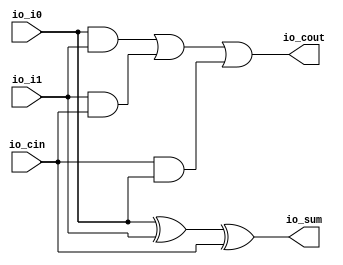
module fullAdder(
  input   io_i0,
  input   io_i1,
  input   io_cin,
  output  io_sum,
  output  io_cout
);
  assign io_sum = io_i0 ^ io_i1 ^ io_cin; // @[addsub_64.scala 14:29]
  assign io_cout = io_i0 & io_i1 | io_i1 & io_cin | io_cin & io_i0; // @[addsub_64.scala 15:51]
endmodule
module addsub_32(
  input         clock,
  input         reset,
  input         io_cin,
  input  [31:0] io_onesComp_ip,
  input  [31:0] io_i0,
  output [31:0] io_sum,
  output        io_cout
);
  wire  fa_0_io_i0; // @[addsub_32.scala 14:33]
  wire  fa_0_io_i1; // @[addsub_32.scala 14:33]
  wire  fa_0_io_cin; // @[addsub_32.scala 14:33]
  wire  fa_0_io_sum; // @[addsub_32.scala 14:33]
  wire  fa_0_io_cout; // @[addsub_32.scala 14:33]
  wire  fa_1_io_i0; // @[addsub_32.scala 14:33]
  wire  fa_1_io_i1; // @[addsub_32.scala 14:33]
  wire  fa_1_io_cin; // @[addsub_32.scala 14:33]
  wire  fa_1_io_sum; // @[addsub_32.scala 14:33]
  wire  fa_1_io_cout; // @[addsub_32.scala 14:33]
  wire  fa_2_io_i0; // @[addsub_32.scala 14:33]
  wire  fa_2_io_i1; // @[addsub_32.scala 14:33]
  wire  fa_2_io_cin; // @[addsub_32.scala 14:33]
  wire  fa_2_io_sum; // @[addsub_32.scala 14:33]
  wire  fa_2_io_cout; // @[addsub_32.scala 14:33]
  wire  fa_3_io_i0; // @[addsub_32.scala 14:33]
  wire  fa_3_io_i1; // @[addsub_32.scala 14:33]
  wire  fa_3_io_cin; // @[addsub_32.scala 14:33]
  wire  fa_3_io_sum; // @[addsub_32.scala 14:33]
  wire  fa_3_io_cout; // @[addsub_32.scala 14:33]
  wire  fa_4_io_i0; // @[addsub_32.scala 14:33]
  wire  fa_4_io_i1; // @[addsub_32.scala 14:33]
  wire  fa_4_io_cin; // @[addsub_32.scala 14:33]
  wire  fa_4_io_sum; // @[addsub_32.scala 14:33]
  wire  fa_4_io_cout; // @[addsub_32.scala 14:33]
  wire  fa_5_io_i0; // @[addsub_32.scala 14:33]
  wire  fa_5_io_i1; // @[addsub_32.scala 14:33]
  wire  fa_5_io_cin; // @[addsub_32.scala 14:33]
  wire  fa_5_io_sum; // @[addsub_32.scala 14:33]
  wire  fa_5_io_cout; // @[addsub_32.scala 14:33]
  wire  fa_6_io_i0; // @[addsub_32.scala 14:33]
  wire  fa_6_io_i1; // @[addsub_32.scala 14:33]
  wire  fa_6_io_cin; // @[addsub_32.scala 14:33]
  wire  fa_6_io_sum; // @[addsub_32.scala 14:33]
  wire  fa_6_io_cout; // @[addsub_32.scala 14:33]
  wire  fa_7_io_i0; // @[addsub_32.scala 14:33]
  wire  fa_7_io_i1; // @[addsub_32.scala 14:33]
  wire  fa_7_io_cin; // @[addsub_32.scala 14:33]
  wire  fa_7_io_sum; // @[addsub_32.scala 14:33]
  wire  fa_7_io_cout; // @[addsub_32.scala 14:33]
  wire  fa_8_io_i0; // @[addsub_32.scala 14:33]
  wire  fa_8_io_i1; // @[addsub_32.scala 14:33]
  wire  fa_8_io_cin; // @[addsub_32.scala 14:33]
  wire  fa_8_io_sum; // @[addsub_32.scala 14:33]
  wire  fa_8_io_cout; // @[addsub_32.scala 14:33]
  wire  fa_9_io_i0; // @[addsub_32.scala 14:33]
  wire  fa_9_io_i1; // @[addsub_32.scala 14:33]
  wire  fa_9_io_cin; // @[addsub_32.scala 14:33]
  wire  fa_9_io_sum; // @[addsub_32.scala 14:33]
  wire  fa_9_io_cout; // @[addsub_32.scala 14:33]
  wire  fa_10_io_i0; // @[addsub_32.scala 14:33]
  wire  fa_10_io_i1; // @[addsub_32.scala 14:33]
  wire  fa_10_io_cin; // @[addsub_32.scala 14:33]
  wire  fa_10_io_sum; // @[addsub_32.scala 14:33]
  wire  fa_10_io_cout; // @[addsub_32.scala 14:33]
  wire  fa_11_io_i0; // @[addsub_32.scala 14:33]
  wire  fa_11_io_i1; // @[addsub_32.scala 14:33]
  wire  fa_11_io_cin; // @[addsub_32.scala 14:33]
  wire  fa_11_io_sum; // @[addsub_32.scala 14:33]
  wire  fa_11_io_cout; // @[addsub_32.scala 14:33]
  wire  fa_12_io_i0; // @[addsub_32.scala 14:33]
  wire  fa_12_io_i1; // @[addsub_32.scala 14:33]
  wire  fa_12_io_cin; // @[addsub_32.scala 14:33]
  wire  fa_12_io_sum; // @[addsub_32.scala 14:33]
  wire  fa_12_io_cout; // @[addsub_32.scala 14:33]
  wire  fa_13_io_i0; // @[addsub_32.scala 14:33]
  wire  fa_13_io_i1; // @[addsub_32.scala 14:33]
  wire  fa_13_io_cin; // @[addsub_32.scala 14:33]
  wire  fa_13_io_sum; // @[addsub_32.scala 14:33]
  wire  fa_13_io_cout; // @[addsub_32.scala 14:33]
  wire  fa_14_io_i0; // @[addsub_32.scala 14:33]
  wire  fa_14_io_i1; // @[addsub_32.scala 14:33]
  wire  fa_14_io_cin; // @[addsub_32.scala 14:33]
  wire  fa_14_io_sum; // @[addsub_32.scala 14:33]
  wire  fa_14_io_cout; // @[addsub_32.scala 14:33]
  wire  fa_15_io_i0; // @[addsub_32.scala 14:33]
  wire  fa_15_io_i1; // @[addsub_32.scala 14:33]
  wire  fa_15_io_cin; // @[addsub_32.scala 14:33]
  wire  fa_15_io_sum; // @[addsub_32.scala 14:33]
  wire  fa_15_io_cout; // @[addsub_32.scala 14:33]
  wire  fa_16_io_i0; // @[addsub_32.scala 14:33]
  wire  fa_16_io_i1; // @[addsub_32.scala 14:33]
  wire  fa_16_io_cin; // @[addsub_32.scala 14:33]
  wire  fa_16_io_sum; // @[addsub_32.scala 14:33]
  wire  fa_16_io_cout; // @[addsub_32.scala 14:33]
  wire  fa_17_io_i0; // @[addsub_32.scala 14:33]
  wire  fa_17_io_i1; // @[addsub_32.scala 14:33]
  wire  fa_17_io_cin; // @[addsub_32.scala 14:33]
  wire  fa_17_io_sum; // @[addsub_32.scala 14:33]
  wire  fa_17_io_cout; // @[addsub_32.scala 14:33]
  wire  fa_18_io_i0; // @[addsub_32.scala 14:33]
  wire  fa_18_io_i1; // @[addsub_32.scala 14:33]
  wire  fa_18_io_cin; // @[addsub_32.scala 14:33]
  wire  fa_18_io_sum; // @[addsub_32.scala 14:33]
  wire  fa_18_io_cout; // @[addsub_32.scala 14:33]
  wire  fa_19_io_i0; // @[addsub_32.scala 14:33]
  wire  fa_19_io_i1; // @[addsub_32.scala 14:33]
  wire  fa_19_io_cin; // @[addsub_32.scala 14:33]
  wire  fa_19_io_sum; // @[addsub_32.scala 14:33]
  wire  fa_19_io_cout; // @[addsub_32.scala 14:33]
  wire  fa_20_io_i0; // @[addsub_32.scala 14:33]
  wire  fa_20_io_i1; // @[addsub_32.scala 14:33]
  wire  fa_20_io_cin; // @[addsub_32.scala 14:33]
  wire  fa_20_io_sum; // @[addsub_32.scala 14:33]
  wire  fa_20_io_cout; // @[addsub_32.scala 14:33]
  wire  fa_21_io_i0; // @[addsub_32.scala 14:33]
  wire  fa_21_io_i1; // @[addsub_32.scala 14:33]
  wire  fa_21_io_cin; // @[addsub_32.scala 14:33]
  wire  fa_21_io_sum; // @[addsub_32.scala 14:33]
  wire  fa_21_io_cout; // @[addsub_32.scala 14:33]
  wire  fa_22_io_i0; // @[addsub_32.scala 14:33]
  wire  fa_22_io_i1; // @[addsub_32.scala 14:33]
  wire  fa_22_io_cin; // @[addsub_32.scala 14:33]
  wire  fa_22_io_sum; // @[addsub_32.scala 14:33]
  wire  fa_22_io_cout; // @[addsub_32.scala 14:33]
  wire  fa_23_io_i0; // @[addsub_32.scala 14:33]
  wire  fa_23_io_i1; // @[addsub_32.scala 14:33]
  wire  fa_23_io_cin; // @[addsub_32.scala 14:33]
  wire  fa_23_io_sum; // @[addsub_32.scala 14:33]
  wire  fa_23_io_cout; // @[addsub_32.scala 14:33]
  wire  fa_24_io_i0; // @[addsub_32.scala 14:33]
  wire  fa_24_io_i1; // @[addsub_32.scala 14:33]
  wire  fa_24_io_cin; // @[addsub_32.scala 14:33]
  wire  fa_24_io_sum; // @[addsub_32.scala 14:33]
  wire  fa_24_io_cout; // @[addsub_32.scala 14:33]
  wire  fa_25_io_i0; // @[addsub_32.scala 14:33]
  wire  fa_25_io_i1; // @[addsub_32.scala 14:33]
  wire  fa_25_io_cin; // @[addsub_32.scala 14:33]
  wire  fa_25_io_sum; // @[addsub_32.scala 14:33]
  wire  fa_25_io_cout; // @[addsub_32.scala 14:33]
  wire  fa_26_io_i0; // @[addsub_32.scala 14:33]
  wire  fa_26_io_i1; // @[addsub_32.scala 14:33]
  wire  fa_26_io_cin; // @[addsub_32.scala 14:33]
  wire  fa_26_io_sum; // @[addsub_32.scala 14:33]
  wire  fa_26_io_cout; // @[addsub_32.scala 14:33]
  wire  fa_27_io_i0; // @[addsub_32.scala 14:33]
  wire  fa_27_io_i1; // @[addsub_32.scala 14:33]
  wire  fa_27_io_cin; // @[addsub_32.scala 14:33]
  wire  fa_27_io_sum; // @[addsub_32.scala 14:33]
  wire  fa_27_io_cout; // @[addsub_32.scala 14:33]
  wire  fa_28_io_i0; // @[addsub_32.scala 14:33]
  wire  fa_28_io_i1; // @[addsub_32.scala 14:33]
  wire  fa_28_io_cin; // @[addsub_32.scala 14:33]
  wire  fa_28_io_sum; // @[addsub_32.scala 14:33]
  wire  fa_28_io_cout; // @[addsub_32.scala 14:33]
  wire  fa_29_io_i0; // @[addsub_32.scala 14:33]
  wire  fa_29_io_i1; // @[addsub_32.scala 14:33]
  wire  fa_29_io_cin; // @[addsub_32.scala 14:33]
  wire  fa_29_io_sum; // @[addsub_32.scala 14:33]
  wire  fa_29_io_cout; // @[addsub_32.scala 14:33]
  wire  fa_30_io_i0; // @[addsub_32.scala 14:33]
  wire  fa_30_io_i1; // @[addsub_32.scala 14:33]
  wire  fa_30_io_cin; // @[addsub_32.scala 14:33]
  wire  fa_30_io_sum; // @[addsub_32.scala 14:33]
  wire  fa_30_io_cout; // @[addsub_32.scala 14:33]
  wire  fa_31_io_i0; // @[addsub_32.scala 14:33]
  wire  fa_31_io_i1; // @[addsub_32.scala 14:33]
  wire  fa_31_io_cin; // @[addsub_32.scala 14:33]
  wire  fa_31_io_sum; // @[addsub_32.scala 14:33]
  wire  fa_31_io_cout; // @[addsub_32.scala 14:33]
  wire [7:0] lo_lo = {fa_7_io_sum,fa_6_io_sum,fa_5_io_sum,fa_4_io_sum,fa_3_io_sum,fa_2_io_sum,fa_1_io_sum,fa_0_io_sum}; // @[Cat.scala 30:58]
  wire [15:0] lo = {fa_15_io_sum,fa_14_io_sum,fa_13_io_sum,fa_12_io_sum,fa_11_io_sum,fa_10_io_sum,fa_9_io_sum,
    fa_8_io_sum,lo_lo}; // @[Cat.scala 30:58]
  wire [7:0] hi_lo = {fa_23_io_sum,fa_22_io_sum,fa_21_io_sum,fa_20_io_sum,fa_19_io_sum,fa_18_io_sum,fa_17_io_sum,
    fa_16_io_sum}; // @[Cat.scala 30:58]
  wire [15:0] hi = {fa_31_io_sum,fa_30_io_sum,fa_29_io_sum,fa_28_io_sum,fa_27_io_sum,fa_26_io_sum,fa_25_io_sum,
    fa_24_io_sum,hi_lo}; // @[Cat.scala 30:58]
  fullAdder fa_0 ( // @[addsub_32.scala 14:33]
    .io_i0(fa_0_io_i0),
    .io_i1(fa_0_io_i1),
    .io_cin(fa_0_io_cin),
    .io_sum(fa_0_io_sum),
    .io_cout(fa_0_io_cout)
  );
  fullAdder fa_1 ( // @[addsub_32.scala 14:33]
    .io_i0(fa_1_io_i0),
    .io_i1(fa_1_io_i1),
    .io_cin(fa_1_io_cin),
    .io_sum(fa_1_io_sum),
    .io_cout(fa_1_io_cout)
  );
  fullAdder fa_2 ( // @[addsub_32.scala 14:33]
    .io_i0(fa_2_io_i0),
    .io_i1(fa_2_io_i1),
    .io_cin(fa_2_io_cin),
    .io_sum(fa_2_io_sum),
    .io_cout(fa_2_io_cout)
  );
  fullAdder fa_3 ( // @[addsub_32.scala 14:33]
    .io_i0(fa_3_io_i0),
    .io_i1(fa_3_io_i1),
    .io_cin(fa_3_io_cin),
    .io_sum(fa_3_io_sum),
    .io_cout(fa_3_io_cout)
  );
  fullAdder fa_4 ( // @[addsub_32.scala 14:33]
    .io_i0(fa_4_io_i0),
    .io_i1(fa_4_io_i1),
    .io_cin(fa_4_io_cin),
    .io_sum(fa_4_io_sum),
    .io_cout(fa_4_io_cout)
  );
  fullAdder fa_5 ( // @[addsub_32.scala 14:33]
    .io_i0(fa_5_io_i0),
    .io_i1(fa_5_io_i1),
    .io_cin(fa_5_io_cin),
    .io_sum(fa_5_io_sum),
    .io_cout(fa_5_io_cout)
  );
  fullAdder fa_6 ( // @[addsub_32.scala 14:33]
    .io_i0(fa_6_io_i0),
    .io_i1(fa_6_io_i1),
    .io_cin(fa_6_io_cin),
    .io_sum(fa_6_io_sum),
    .io_cout(fa_6_io_cout)
  );
  fullAdder fa_7 ( // @[addsub_32.scala 14:33]
    .io_i0(fa_7_io_i0),
    .io_i1(fa_7_io_i1),
    .io_cin(fa_7_io_cin),
    .io_sum(fa_7_io_sum),
    .io_cout(fa_7_io_cout)
  );
  fullAdder fa_8 ( // @[addsub_32.scala 14:33]
    .io_i0(fa_8_io_i0),
    .io_i1(fa_8_io_i1),
    .io_cin(fa_8_io_cin),
    .io_sum(fa_8_io_sum),
    .io_cout(fa_8_io_cout)
  );
  fullAdder fa_9 ( // @[addsub_32.scala 14:33]
    .io_i0(fa_9_io_i0),
    .io_i1(fa_9_io_i1),
    .io_cin(fa_9_io_cin),
    .io_sum(fa_9_io_sum),
    .io_cout(fa_9_io_cout)
  );
  fullAdder fa_10 ( // @[addsub_32.scala 14:33]
    .io_i0(fa_10_io_i0),
    .io_i1(fa_10_io_i1),
    .io_cin(fa_10_io_cin),
    .io_sum(fa_10_io_sum),
    .io_cout(fa_10_io_cout)
  );
  fullAdder fa_11 ( // @[addsub_32.scala 14:33]
    .io_i0(fa_11_io_i0),
    .io_i1(fa_11_io_i1),
    .io_cin(fa_11_io_cin),
    .io_sum(fa_11_io_sum),
    .io_cout(fa_11_io_cout)
  );
  fullAdder fa_12 ( // @[addsub_32.scala 14:33]
    .io_i0(fa_12_io_i0),
    .io_i1(fa_12_io_i1),
    .io_cin(fa_12_io_cin),
    .io_sum(fa_12_io_sum),
    .io_cout(fa_12_io_cout)
  );
  fullAdder fa_13 ( // @[addsub_32.scala 14:33]
    .io_i0(fa_13_io_i0),
    .io_i1(fa_13_io_i1),
    .io_cin(fa_13_io_cin),
    .io_sum(fa_13_io_sum),
    .io_cout(fa_13_io_cout)
  );
  fullAdder fa_14 ( // @[addsub_32.scala 14:33]
    .io_i0(fa_14_io_i0),
    .io_i1(fa_14_io_i1),
    .io_cin(fa_14_io_cin),
    .io_sum(fa_14_io_sum),
    .io_cout(fa_14_io_cout)
  );
  fullAdder fa_15 ( // @[addsub_32.scala 14:33]
    .io_i0(fa_15_io_i0),
    .io_i1(fa_15_io_i1),
    .io_cin(fa_15_io_cin),
    .io_sum(fa_15_io_sum),
    .io_cout(fa_15_io_cout)
  );
  fullAdder fa_16 ( // @[addsub_32.scala 14:33]
    .io_i0(fa_16_io_i0),
    .io_i1(fa_16_io_i1),
    .io_cin(fa_16_io_cin),
    .io_sum(fa_16_io_sum),
    .io_cout(fa_16_io_cout)
  );
  fullAdder fa_17 ( // @[addsub_32.scala 14:33]
    .io_i0(fa_17_io_i0),
    .io_i1(fa_17_io_i1),
    .io_cin(fa_17_io_cin),
    .io_sum(fa_17_io_sum),
    .io_cout(fa_17_io_cout)
  );
  fullAdder fa_18 ( // @[addsub_32.scala 14:33]
    .io_i0(fa_18_io_i0),
    .io_i1(fa_18_io_i1),
    .io_cin(fa_18_io_cin),
    .io_sum(fa_18_io_sum),
    .io_cout(fa_18_io_cout)
  );
  fullAdder fa_19 ( // @[addsub_32.scala 14:33]
    .io_i0(fa_19_io_i0),
    .io_i1(fa_19_io_i1),
    .io_cin(fa_19_io_cin),
    .io_sum(fa_19_io_sum),
    .io_cout(fa_19_io_cout)
  );
  fullAdder fa_20 ( // @[addsub_32.scala 14:33]
    .io_i0(fa_20_io_i0),
    .io_i1(fa_20_io_i1),
    .io_cin(fa_20_io_cin),
    .io_sum(fa_20_io_sum),
    .io_cout(fa_20_io_cout)
  );
  fullAdder fa_21 ( // @[addsub_32.scala 14:33]
    .io_i0(fa_21_io_i0),
    .io_i1(fa_21_io_i1),
    .io_cin(fa_21_io_cin),
    .io_sum(fa_21_io_sum),
    .io_cout(fa_21_io_cout)
  );
  fullAdder fa_22 ( // @[addsub_32.scala 14:33]
    .io_i0(fa_22_io_i0),
    .io_i1(fa_22_io_i1),
    .io_cin(fa_22_io_cin),
    .io_sum(fa_22_io_sum),
    .io_cout(fa_22_io_cout)
  );
  fullAdder fa_23 ( // @[addsub_32.scala 14:33]
    .io_i0(fa_23_io_i0),
    .io_i1(fa_23_io_i1),
    .io_cin(fa_23_io_cin),
    .io_sum(fa_23_io_sum),
    .io_cout(fa_23_io_cout)
  );
  fullAdder fa_24 ( // @[addsub_32.scala 14:33]
    .io_i0(fa_24_io_i0),
    .io_i1(fa_24_io_i1),
    .io_cin(fa_24_io_cin),
    .io_sum(fa_24_io_sum),
    .io_cout(fa_24_io_cout)
  );
  fullAdder fa_25 ( // @[addsub_32.scala 14:33]
    .io_i0(fa_25_io_i0),
    .io_i1(fa_25_io_i1),
    .io_cin(fa_25_io_cin),
    .io_sum(fa_25_io_sum),
    .io_cout(fa_25_io_cout)
  );
  fullAdder fa_26 ( // @[addsub_32.scala 14:33]
    .io_i0(fa_26_io_i0),
    .io_i1(fa_26_io_i1),
    .io_cin(fa_26_io_cin),
    .io_sum(fa_26_io_sum),
    .io_cout(fa_26_io_cout)
  );
  fullAdder fa_27 ( // @[addsub_32.scala 14:33]
    .io_i0(fa_27_io_i0),
    .io_i1(fa_27_io_i1),
    .io_cin(fa_27_io_cin),
    .io_sum(fa_27_io_sum),
    .io_cout(fa_27_io_cout)
  );
  fullAdder fa_28 ( // @[addsub_32.scala 14:33]
    .io_i0(fa_28_io_i0),
    .io_i1(fa_28_io_i1),
    .io_cin(fa_28_io_cin),
    .io_sum(fa_28_io_sum),
    .io_cout(fa_28_io_cout)
  );
  fullAdder fa_29 ( // @[addsub_32.scala 14:33]
    .io_i0(fa_29_io_i0),
    .io_i1(fa_29_io_i1),
    .io_cin(fa_29_io_cin),
    .io_sum(fa_29_io_sum),
    .io_cout(fa_29_io_cout)
  );
  fullAdder fa_30 ( // @[addsub_32.scala 14:33]
    .io_i0(fa_30_io_i0),
    .io_i1(fa_30_io_i1),
    .io_cin(fa_30_io_cin),
    .io_sum(fa_30_io_sum),
    .io_cout(fa_30_io_cout)
  );
  fullAdder fa_31 ( // @[addsub_32.scala 14:33]
    .io_i0(fa_31_io_i0),
    .io_i1(fa_31_io_i1),
    .io_cin(fa_31_io_cin),
    .io_sum(fa_31_io_sum),
    .io_cout(fa_31_io_cout)
  );
  assign io_sum = {hi,lo}; // @[Cat.scala 30:58]
  assign io_cout = fa_31_io_cout; // @[addsub_32.scala 30:13]
  assign fa_0_io_i0 = io_i0[0]; // @[addsub_32.scala 17:25]
  assign fa_0_io_i1 = io_onesComp_ip[0]; // @[addsub_32.scala 18:34]
  assign fa_0_io_cin = io_cin; // @[addsub_32.scala 19:18]
  assign fa_1_io_i0 = io_i0[1]; // @[addsub_32.scala 23:29]
  assign fa_1_io_i1 = io_onesComp_ip[1]; // @[addsub_32.scala 24:38]
  assign fa_1_io_cin = fa_0_io_cout; // @[addsub_32.scala 25:22]
  assign fa_2_io_i0 = io_i0[2]; // @[addsub_32.scala 23:29]
  assign fa_2_io_i1 = io_onesComp_ip[2]; // @[addsub_32.scala 24:38]
  assign fa_2_io_cin = fa_1_io_cout; // @[addsub_32.scala 25:22]
  assign fa_3_io_i0 = io_i0[3]; // @[addsub_32.scala 23:29]
  assign fa_3_io_i1 = io_onesComp_ip[3]; // @[addsub_32.scala 24:38]
  assign fa_3_io_cin = fa_2_io_cout; // @[addsub_32.scala 25:22]
  assign fa_4_io_i0 = io_i0[4]; // @[addsub_32.scala 23:29]
  assign fa_4_io_i1 = io_onesComp_ip[4]; // @[addsub_32.scala 24:38]
  assign fa_4_io_cin = fa_3_io_cout; // @[addsub_32.scala 25:22]
  assign fa_5_io_i0 = io_i0[5]; // @[addsub_32.scala 23:29]
  assign fa_5_io_i1 = io_onesComp_ip[5]; // @[addsub_32.scala 24:38]
  assign fa_5_io_cin = fa_4_io_cout; // @[addsub_32.scala 25:22]
  assign fa_6_io_i0 = io_i0[6]; // @[addsub_32.scala 23:29]
  assign fa_6_io_i1 = io_onesComp_ip[6]; // @[addsub_32.scala 24:38]
  assign fa_6_io_cin = fa_5_io_cout; // @[addsub_32.scala 25:22]
  assign fa_7_io_i0 = io_i0[7]; // @[addsub_32.scala 23:29]
  assign fa_7_io_i1 = io_onesComp_ip[7]; // @[addsub_32.scala 24:38]
  assign fa_7_io_cin = fa_6_io_cout; // @[addsub_32.scala 25:22]
  assign fa_8_io_i0 = io_i0[8]; // @[addsub_32.scala 23:29]
  assign fa_8_io_i1 = io_onesComp_ip[8]; // @[addsub_32.scala 24:38]
  assign fa_8_io_cin = fa_7_io_cout; // @[addsub_32.scala 25:22]
  assign fa_9_io_i0 = io_i0[9]; // @[addsub_32.scala 23:29]
  assign fa_9_io_i1 = io_onesComp_ip[9]; // @[addsub_32.scala 24:38]
  assign fa_9_io_cin = fa_8_io_cout; // @[addsub_32.scala 25:22]
  assign fa_10_io_i0 = io_i0[10]; // @[addsub_32.scala 23:29]
  assign fa_10_io_i1 = io_onesComp_ip[10]; // @[addsub_32.scala 24:38]
  assign fa_10_io_cin = fa_9_io_cout; // @[addsub_32.scala 25:22]
  assign fa_11_io_i0 = io_i0[11]; // @[addsub_32.scala 23:29]
  assign fa_11_io_i1 = io_onesComp_ip[11]; // @[addsub_32.scala 24:38]
  assign fa_11_io_cin = fa_10_io_cout; // @[addsub_32.scala 25:22]
  assign fa_12_io_i0 = io_i0[12]; // @[addsub_32.scala 23:29]
  assign fa_12_io_i1 = io_onesComp_ip[12]; // @[addsub_32.scala 24:38]
  assign fa_12_io_cin = fa_11_io_cout; // @[addsub_32.scala 25:22]
  assign fa_13_io_i0 = io_i0[13]; // @[addsub_32.scala 23:29]
  assign fa_13_io_i1 = io_onesComp_ip[13]; // @[addsub_32.scala 24:38]
  assign fa_13_io_cin = fa_12_io_cout; // @[addsub_32.scala 25:22]
  assign fa_14_io_i0 = io_i0[14]; // @[addsub_32.scala 23:29]
  assign fa_14_io_i1 = io_onesComp_ip[14]; // @[addsub_32.scala 24:38]
  assign fa_14_io_cin = fa_13_io_cout; // @[addsub_32.scala 25:22]
  assign fa_15_io_i0 = io_i0[15]; // @[addsub_32.scala 23:29]
  assign fa_15_io_i1 = io_onesComp_ip[15]; // @[addsub_32.scala 24:38]
  assign fa_15_io_cin = fa_14_io_cout; // @[addsub_32.scala 25:22]
  assign fa_16_io_i0 = io_i0[16]; // @[addsub_32.scala 23:29]
  assign fa_16_io_i1 = io_onesComp_ip[16]; // @[addsub_32.scala 24:38]
  assign fa_16_io_cin = fa_15_io_cout; // @[addsub_32.scala 25:22]
  assign fa_17_io_i0 = io_i0[17]; // @[addsub_32.scala 23:29]
  assign fa_17_io_i1 = io_onesComp_ip[17]; // @[addsub_32.scala 24:38]
  assign fa_17_io_cin = fa_16_io_cout; // @[addsub_32.scala 25:22]
  assign fa_18_io_i0 = io_i0[18]; // @[addsub_32.scala 23:29]
  assign fa_18_io_i1 = io_onesComp_ip[18]; // @[addsub_32.scala 24:38]
  assign fa_18_io_cin = fa_17_io_cout; // @[addsub_32.scala 25:22]
  assign fa_19_io_i0 = io_i0[19]; // @[addsub_32.scala 23:29]
  assign fa_19_io_i1 = io_onesComp_ip[19]; // @[addsub_32.scala 24:38]
  assign fa_19_io_cin = fa_18_io_cout; // @[addsub_32.scala 25:22]
  assign fa_20_io_i0 = io_i0[20]; // @[addsub_32.scala 23:29]
  assign fa_20_io_i1 = io_onesComp_ip[20]; // @[addsub_32.scala 24:38]
  assign fa_20_io_cin = fa_19_io_cout; // @[addsub_32.scala 25:22]
  assign fa_21_io_i0 = io_i0[21]; // @[addsub_32.scala 23:29]
  assign fa_21_io_i1 = io_onesComp_ip[21]; // @[addsub_32.scala 24:38]
  assign fa_21_io_cin = fa_20_io_cout; // @[addsub_32.scala 25:22]
  assign fa_22_io_i0 = io_i0[22]; // @[addsub_32.scala 23:29]
  assign fa_22_io_i1 = io_onesComp_ip[22]; // @[addsub_32.scala 24:38]
  assign fa_22_io_cin = fa_21_io_cout; // @[addsub_32.scala 25:22]
  assign fa_23_io_i0 = io_i0[23]; // @[addsub_32.scala 23:29]
  assign fa_23_io_i1 = io_onesComp_ip[23]; // @[addsub_32.scala 24:38]
  assign fa_23_io_cin = fa_22_io_cout; // @[addsub_32.scala 25:22]
  assign fa_24_io_i0 = io_i0[24]; // @[addsub_32.scala 23:29]
  assign fa_24_io_i1 = io_onesComp_ip[24]; // @[addsub_32.scala 24:38]
  assign fa_24_io_cin = fa_23_io_cout; // @[addsub_32.scala 25:22]
  assign fa_25_io_i0 = io_i0[25]; // @[addsub_32.scala 23:29]
  assign fa_25_io_i1 = io_onesComp_ip[25]; // @[addsub_32.scala 24:38]
  assign fa_25_io_cin = fa_24_io_cout; // @[addsub_32.scala 25:22]
  assign fa_26_io_i0 = io_i0[26]; // @[addsub_32.scala 23:29]
  assign fa_26_io_i1 = io_onesComp_ip[26]; // @[addsub_32.scala 24:38]
  assign fa_26_io_cin = fa_25_io_cout; // @[addsub_32.scala 25:22]
  assign fa_27_io_i0 = io_i0[27]; // @[addsub_32.scala 23:29]
  assign fa_27_io_i1 = io_onesComp_ip[27]; // @[addsub_32.scala 24:38]
  assign fa_27_io_cin = fa_26_io_cout; // @[addsub_32.scala 25:22]
  assign fa_28_io_i0 = io_i0[28]; // @[addsub_32.scala 23:29]
  assign fa_28_io_i1 = io_onesComp_ip[28]; // @[addsub_32.scala 24:38]
  assign fa_28_io_cin = fa_27_io_cout; // @[addsub_32.scala 25:22]
  assign fa_29_io_i0 = io_i0[29]; // @[addsub_32.scala 23:29]
  assign fa_29_io_i1 = io_onesComp_ip[29]; // @[addsub_32.scala 24:38]
  assign fa_29_io_cin = fa_28_io_cout; // @[addsub_32.scala 25:22]
  assign fa_30_io_i0 = io_i0[30]; // @[addsub_32.scala 23:29]
  assign fa_30_io_i1 = io_onesComp_ip[30]; // @[addsub_32.scala 24:38]
  assign fa_30_io_cin = fa_29_io_cout; // @[addsub_32.scala 25:22]
  assign fa_31_io_i0 = io_i0[31]; // @[addsub_32.scala 23:29]
  assign fa_31_io_i1 = io_onesComp_ip[31]; // @[addsub_32.scala 24:38]
  assign fa_31_io_cin = fa_30_io_cout; // @[addsub_32.scala 25:22]
endmodule